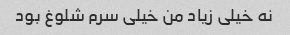
نه خیلی زیاد من خیلی سرم شلوغ بود